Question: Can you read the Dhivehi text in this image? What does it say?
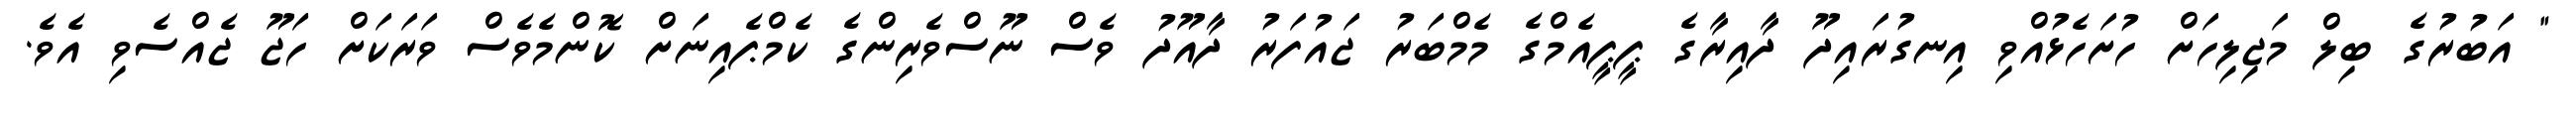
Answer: " އަބުރުގެ ބިލް މަޖިލިހަށް ހުށަހެޅުއްވި އިނގުރައިދޫ ދާއިރާގެ ޕީޕީއެމްގެ މެމްބަރު ޖައުފަރު ދާއޫދު ވެސް ނޫސްވެރިންގެ ކެމްޕެއިނަށް ކޮންމެވެސް ވަރަކަށް ހަޖޫ ޖެއްސެވި އެވެ.